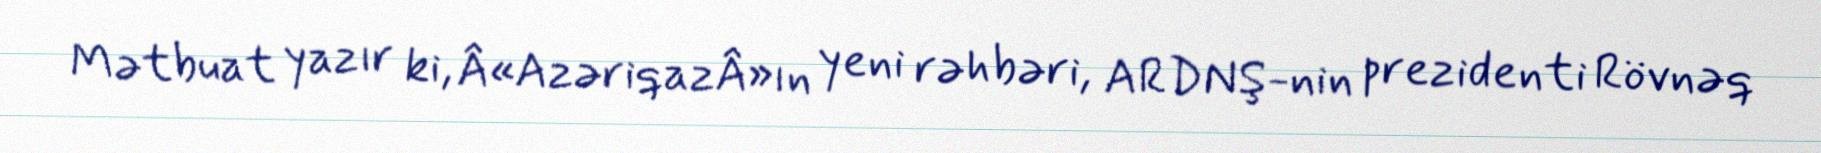
Mətbuat yazır ki, Â«AzəriqazÂ»ın yeni rəhbəri, ARDNŞ-nin prezidenti Rövnəq